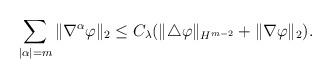
LaTeX: \begin{align*}\sum_{|\alpha| = m} \|\nabla^\alpha \varphi\|_2 \leq C_\lambda (\|\triangle \varphi \|_{H^{m-2}} + \|\nabla \varphi\|_2).\end{align*}